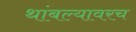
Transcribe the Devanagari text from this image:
थांबल्यावरच